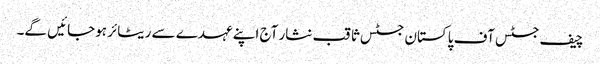
چیف جسٹس آف پاکستان جسٹس ثاقب نثار آج اپنے عہدے سے ریٹائر ہوجائیں گے۔